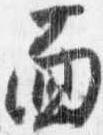
面